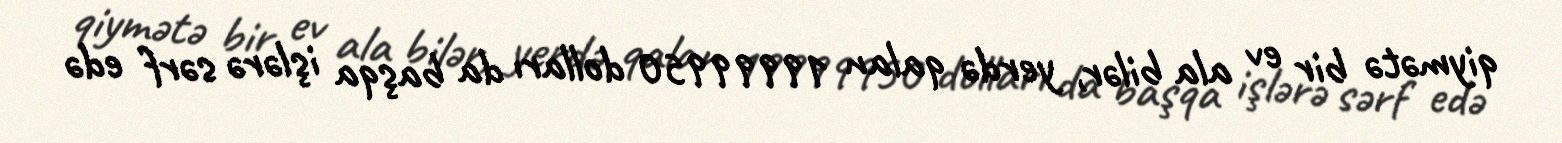
qiymətə bir ev ala bilər, yerdə qalan 19999950 dolları da başqa işlərə sərf edə